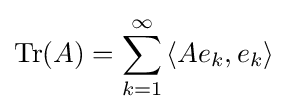
\operatorname {Tr} (A)=\sum _{k=1}^{\infty }\left\langle Ae_{k},e_{k}\right\rangle